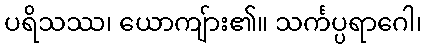
ပရိသဿ၊ ယောကျ်ား၏။ သင်္ကပ္ပရာဂေါ၊